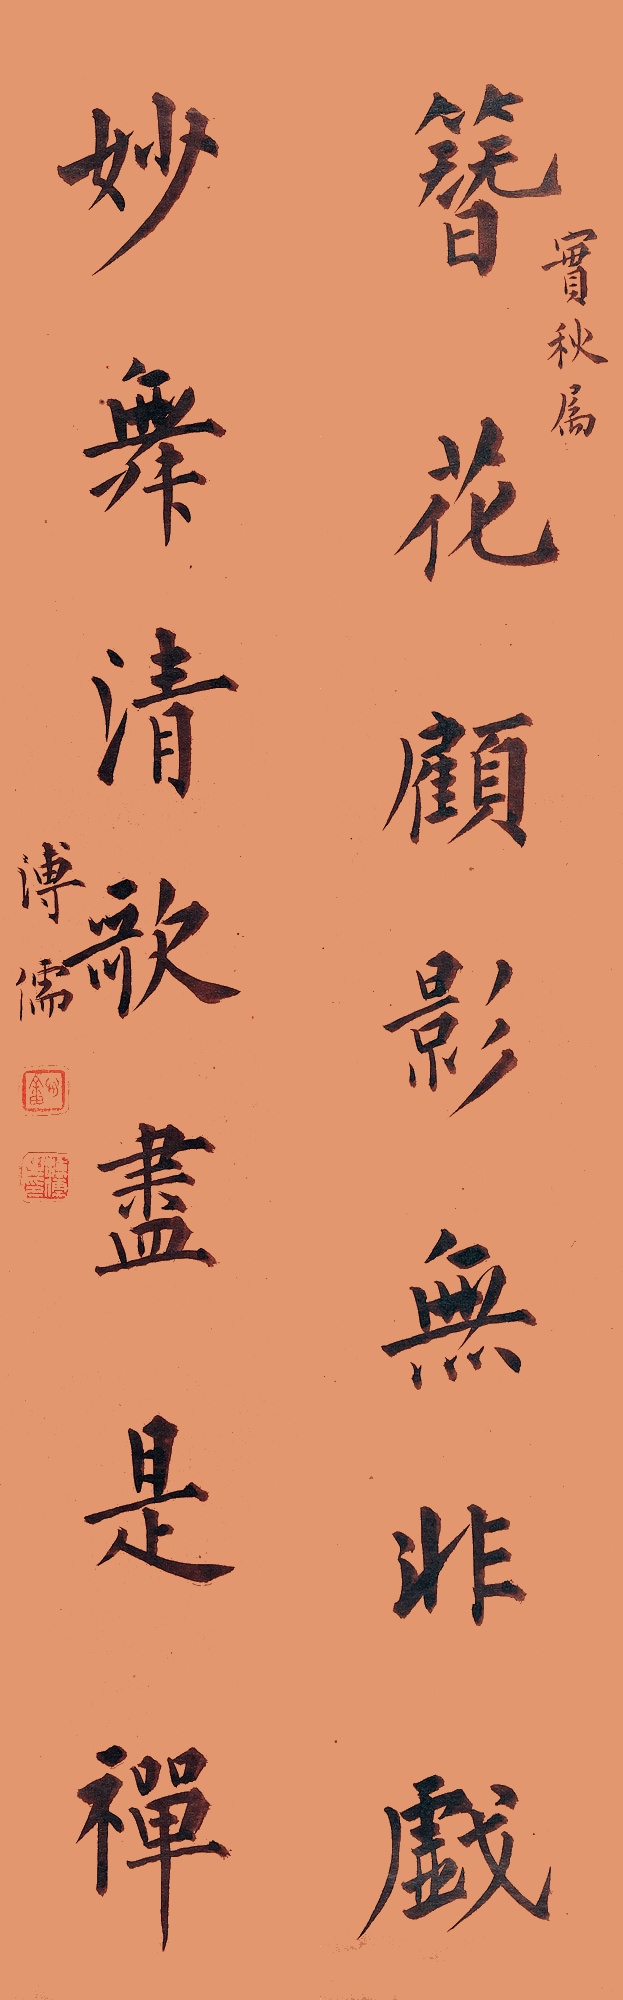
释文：簪花顾影无非戏，妙舞清歌尽是禅。实秋属，溥儒。